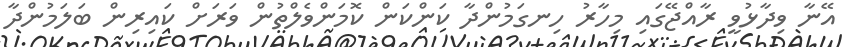
އޭނާ ވިދާޅުވީ ރާއްޖޭގައި މިހާރު ހިނގަމުންދާ ކަންކަން ކޮމަންވެލްތުން ވަރަށް ކައިރިން ބަލަމުންދާ